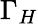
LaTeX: \Gamma_{H}